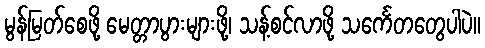
မွန်မြတ်စေဖို့ မေတ္တာပွားများဖို့၊ သန့်စင်လာဖို့ သင်္ကေတတွေပါပဲ။